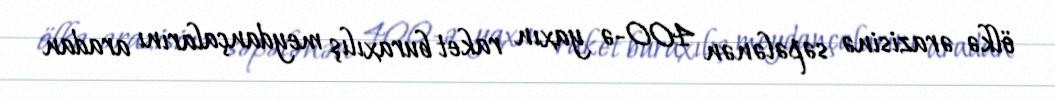
ölkə ərazisinə səpələnən 400-ə yaxın raket buraxılış meydançalarını aradan